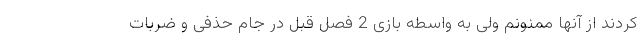
کردند از آنها ممنونم ولی به واسطه بازی 2 فصل قبل در جام حذفی و ضربات